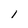
Character: l